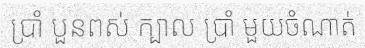
ប្រាំ បួនពស់ ក្បាល ប្រាំ មួយចំណាត់